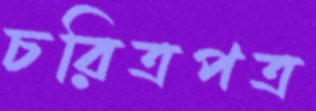
চরিত্রপত্র